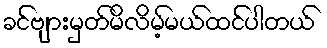
ခင်ဗျားမှတ်မိလိမ့်မယ်ထင်ပါတယ်